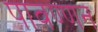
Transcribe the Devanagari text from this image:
पावण्णन